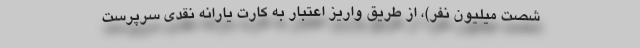
شصت میلیون نفر)، از طریق واریز اعتبار به کارت یارانه نقدی سرپرست